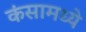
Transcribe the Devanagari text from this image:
कंसामध्ये